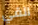
القي